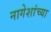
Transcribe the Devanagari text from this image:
नागेशांच्या